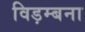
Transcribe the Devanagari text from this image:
विड़म्बना